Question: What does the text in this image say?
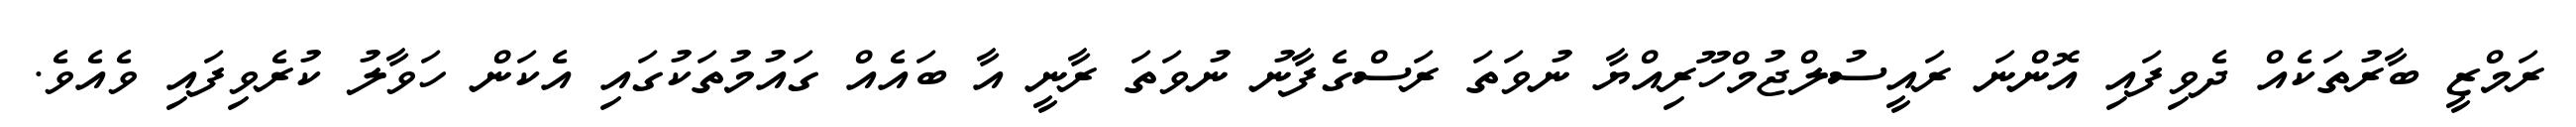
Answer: ރަމްޒީ ބާރުތަކެއް ދެވިފައި އޮންނަ ރައީސުލްޖުމްހޫރިއްޔާ ނުވަތަ ރަސްގެފާނު ނުވަތަ ރާނީ އާ ބައެއް ގައުމުތަކުގައި އެކަން ހަވާލު ކުރެވިފައި ވެއެވެ.